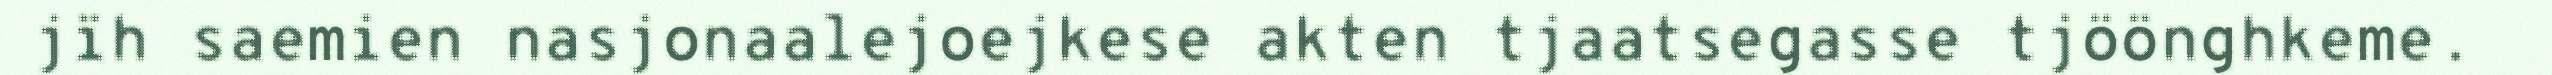
jïh saemien nasjonaalejoejkese akten tjaatsegasse tjöönghkeme.